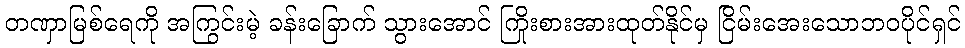
တဏှာမြစ်ရေကို အကြွင်းမဲ့ ခန်းခြောက် သွားအောင် ကြိုးစားအားထုတ်နိုင်မှ ငြိမ်းအေးသောဘဝပိုင်ရှင်